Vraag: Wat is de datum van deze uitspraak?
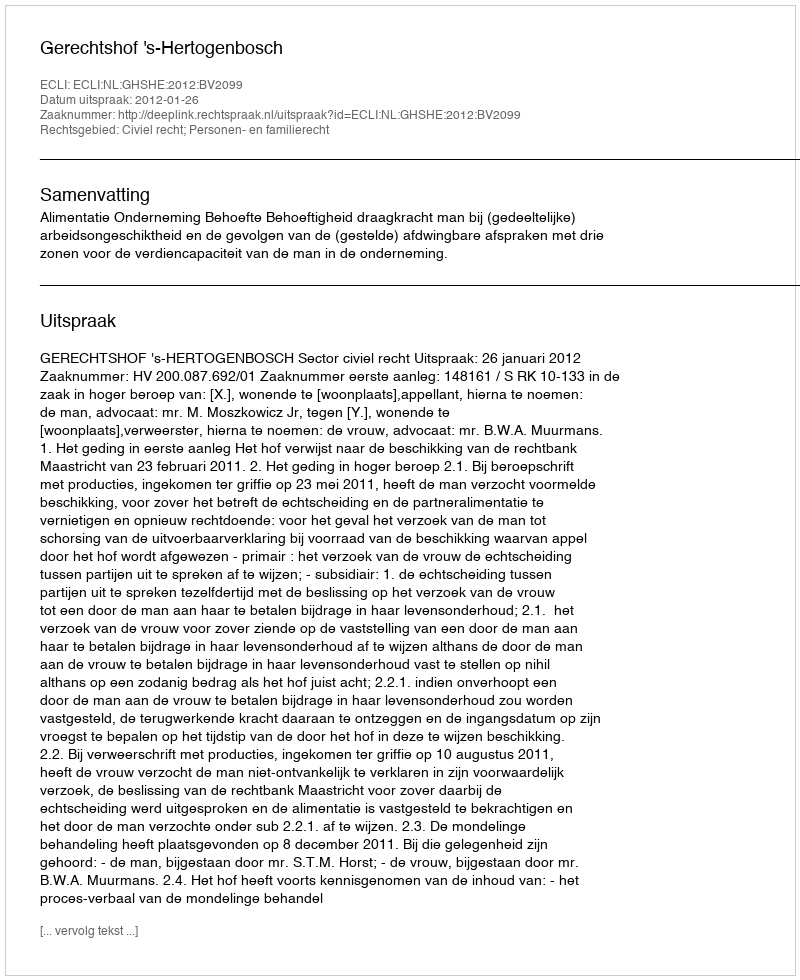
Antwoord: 2012-01-26